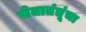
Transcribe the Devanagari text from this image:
चेतातंतूंचा